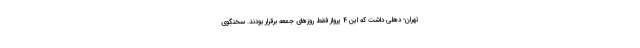
تهران- دهلی داشت که این 4 پرواز فقط روزهای جمعه برقرار بودند. سخنگوی